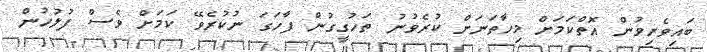
ބައިވެރިވުުން އޮތްކަމަށް މިހާތަނަށް ކުރެވުނު ތަހުގީގުން ފާހަގަ ނުކުރެވޭ ކަމަށް ވެސް ފުލުހުން